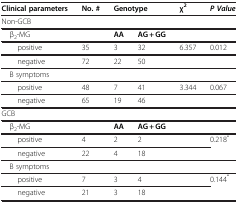
<table><thead><tr><td><b>Clinical parameters</b></td><td><b>No. #</b></td><td colspan="2"><b>Genotype</b></td><td><b>χ<sup>2</sup></b></td><td><b><i>P Value</i></b></td></tr></thead><tbody><tr><td>Non-GCB</td><td> </td><td> </td><td> </td><td> </td><td> </td></tr><tr><td> β<sub>2</sub>-MG</td><td> </td><td><b>AA</b></td><td><b>AG + GG</b></td><td> </td><td> </td></tr><tr><td>positive</td><td>35</td><td>3</td><td>32</td><td>6.357</td><td>0.012</td></tr><tr><td>negative</td><td>72</td><td>22</td><td>50</td><td> </td><td> </td></tr><tr><td> B symptoms</td><td> </td><td> </td><td> </td><td> </td><td> </td></tr><tr><td>positive</td><td>48</td><td>7</td><td>41</td><td>3.344</td><td>0.067</td></tr><tr><td>negative</td><td>65</td><td>19</td><td>46</td><td> </td><td> </td></tr><tr><td>GCB</td><td> </td><td> </td><td> </td><td> </td><td> </td></tr><tr><td> β<sub>2</sub>-MG</td><td> </td><td><b>AA</b></td><td><b>AG + GG</b></td><td> </td><td> </td></tr><tr><td>positive</td><td>4</td><td>2</td><td>2</td><td> </td><td rowspan="2">0.218<sup>*</sup></td></tr><tr><td>negative</td><td>22</td><td>4</td><td>18</td><td> </td></tr><tr><td> B symptoms</td><td> </td><td> </td><td> </td><td> </td><td> </td></tr><tr><td>positive</td><td>7</td><td>3</td><td>4</td><td> </td><td rowspan="2">0.144<sup>*</sup></td></tr><tr><td>negative</td><td>21</td><td>3</td><td>18</td><td> </td></tr></tbody></table>